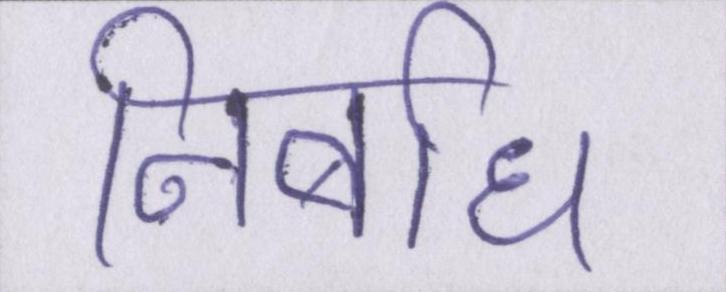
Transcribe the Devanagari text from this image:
निर्बाध